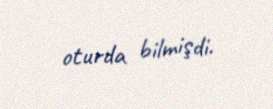
oturda bilmişdi.